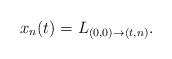
LaTeX: \begin{align*} x_n(t)=L_{(0,0)\to(t,n)}.\end{align*}